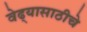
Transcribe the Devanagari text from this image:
वेढ्यासाठीचे